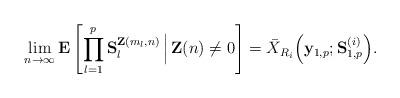
LaTeX: \begin{align*}\lim_{n\rightarrow \infty }\mathbf{E}\left[ \prod_{l=1}^{p}\mathbf{S}_{l}^{\mathbf{Z}(m_{l},n)}\,\Big|\,\mathbf{Z}(n)\neq 0\right] =\bar{X}_{R_{i}}\Big(\mathbf{y}_{1,p};\mathbf{S}_{1,p}^{(i)}\Big). \end{align*}